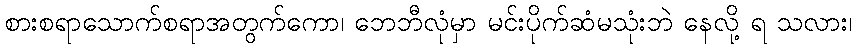
စားစရာသောက်စရာအတွက်ကော၊ ဘေဘီလုံမှာ မင်းပိုက်ဆံမသုံးဘဲ နေလို့ ရ သလား၊